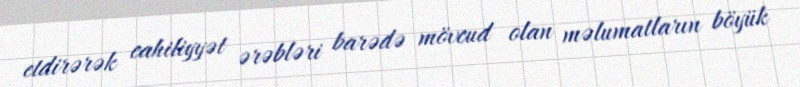
etdirərək cahiliyyət ərəbləri barədə mövcud olan məlumatların böyük